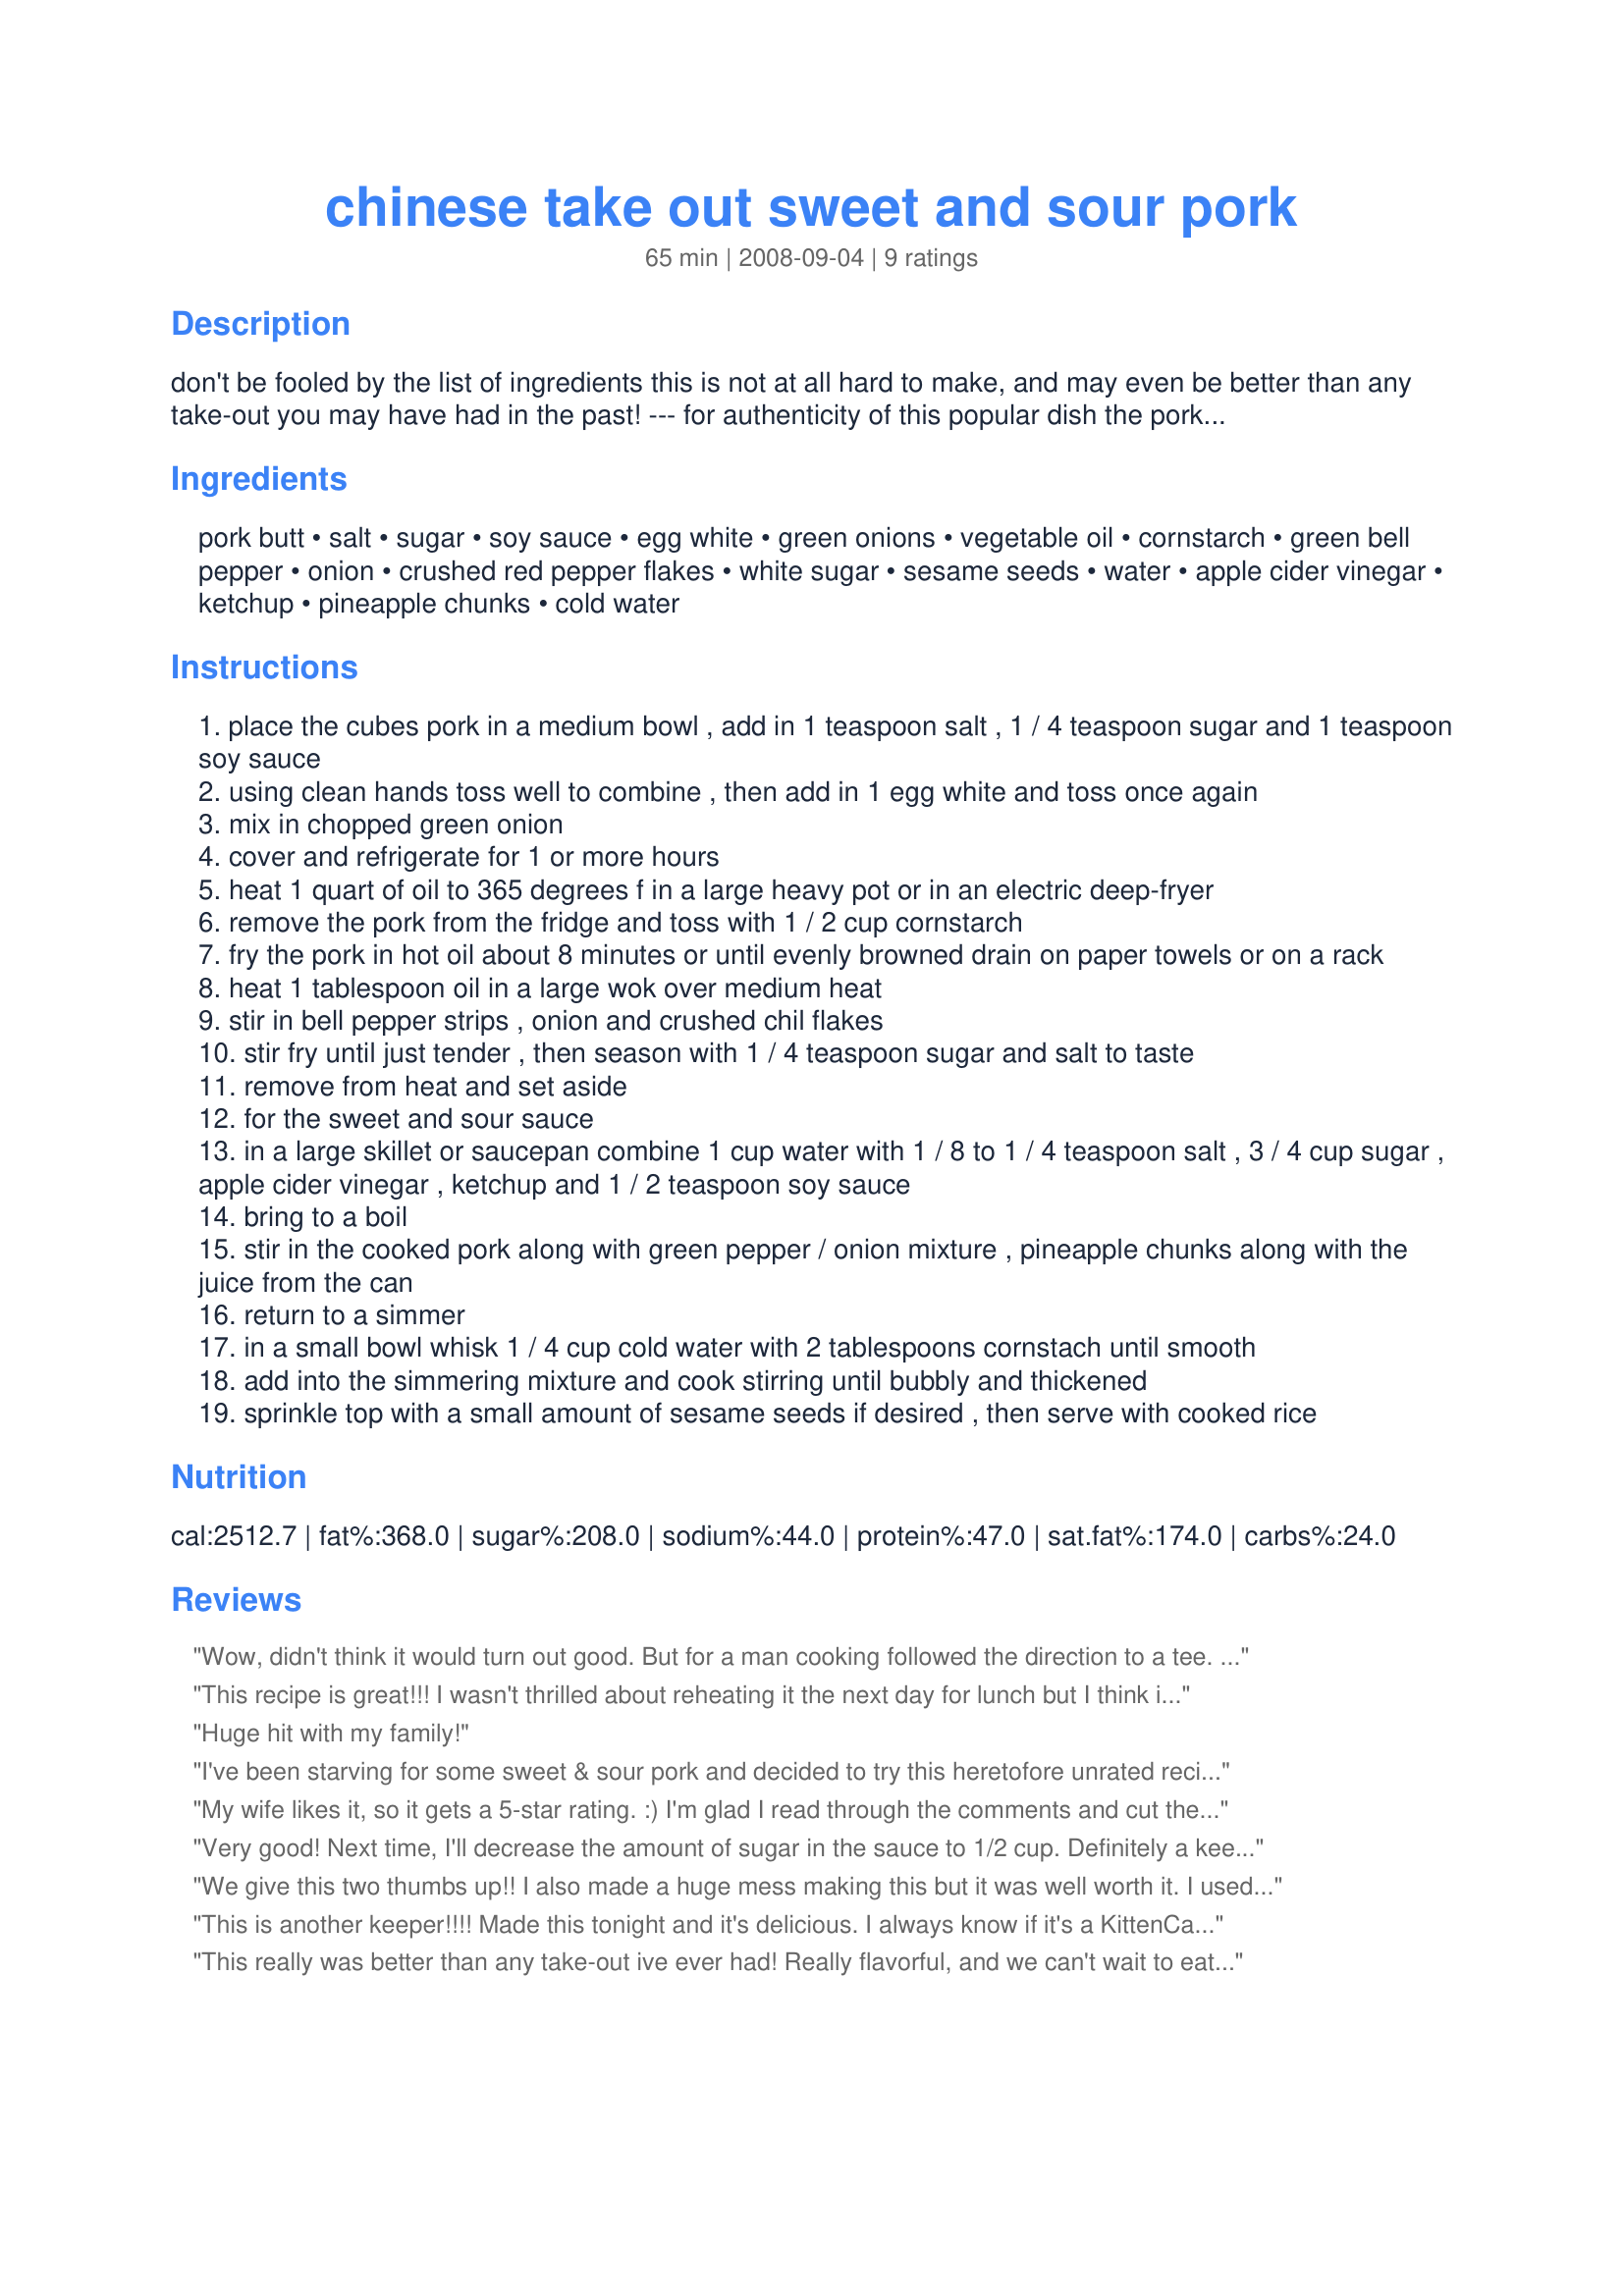
chinese take out sweet and sour pork
Preparation time: 65 minutes

don't be fooled by the list of ingredients this is not at all hard to make, and may even be better than any take-out you may have had in the past! --- for authenticity of this popular dish the pork must be deep-fryed firstly and this may be done well in advance to save time, adjust the chili flakes to suit heat level my family likes spicy so i use 1 teaspoon or a little more --- serve with cooked white rice.

Ingredients:
pork butt, salt, sugar, soy sauce, egg white, green onions, vegetable oil, cornstarch, green bell pepper, onion, crushed red pepper flakes, white sugar, sesame seeds, water, apple cider vinegar, ketchup, pineapple chunks, cold water

Steps:
place the cubes pork in a medium bowl , add in 1 teaspoon salt , 1 / 4 teaspoon sugar and 1 teaspoon soy sauce
using clean hands toss well to combine , then add in 1 egg white and toss once again
mix in chopped green onion
cover and refrigerate for 1 or more hours
heat 1 quart of oil to 365 degrees f in a large heavy pot or in an electric deep-fryer
remove the pork from the fridge and toss with 1 / 2 cup cornstarch
fry the pork in hot oil about 8 minutes or until evenly browned drain on paper towels or on a rack
heat 1 tablespoon oil in a large wok over medium heat
stir in bell pepper strips , onion and crushed chil flakes
stir fry until just tender , then season with 1 / 4 teaspoon sugar and salt to taste
remove from heat and set aside
for the sweet and sour sauce
in a large skillet or saucepan combine 1 cup water with 1 / 8 to 1 / 4 teaspoon salt , 3 / 4 cup sugar , apple cider vinegar , ketchup and 1 / 2 teaspoon soy sauce
bring to a boil
stir in the cooked pork along with green pepper / onion mixture , pineapple chunks along with the juice from the can
return to a simmer
in a small bowl whisk 1 / 4 cup cold water with 2 tablespoons cornstach until smooth
add into the simmering mixture and cook stirring until bubbly and thickened
sprinkle top with a small amount of sesame seeds if desired , then serve with cooked rice

Reviews:
Wow, didn't think it would turn out good. But for a man cooking followed the direction to a tee. I don't have to order that no more. LOL Excellent recipe,
This recipe is great!!! I wasn't thrilled about reheating it the next day for lunch but I think it was even better than the night before!!! Definitely a keeper!
Huge hit with my family!
I've been starving for some sweet & sour pork and decided to try this heretofore unrated recipe. Although I made a big mess cooking it, it was delish. I used 1 and 1/2 lbs of boneless country style ribs. I would probably use a little less sugar or a little more vinegar next time as it is quite sweet. I think it could benefit from a little garlic, too. My husband loved it and he's generally not a big Chinese food fan. I would make this again.
My wife likes it, so it gets a 5-star rating. :) I'm glad I read through the comments and cut the sugar back to only a 1/2 cup instead of 2/3. And I might add a bit more vinegar. But overall it came out surprisingly well considering I BBQ a heck of lot more than actually cook, and never deep fried anything before. I used some leftover smoked pork loin from the night before so it picked up a bit of the rub and smoke from that, too. (Any leftover BBQ usually finds its way into chili, stew, enchiladas, tacos, sammies, etc. so now I have one more use for it.) If anything was not as I expected it was the &quot;batter&quot; on the pork, but that is probably more my fault and possibly too much pork.
Very good! Next time, I'll decrease the amount of sugar in the sauce to 1/2 cup. Definitely a keeper! Thank you!
We give this two thumbs up!! I also made a huge mess making this but it was well worth it. I used a shoulder blade roast. I made exactly as stated. Thanks for posting a wonderful recipe. I will be making this again. Made for 123 Hits.
This is another keeper!!!! Made this tonight and it's delicious. I always know if it's a KittenCal recipe it will be fantastic. Didn't change a thing. Thanks for sharing this winner. Love, love, love it. An update: I doubled the recipe and just served this as a main to company and it was loved by all. I even had someone ask to take some home so you know it was loved when that happens :) Thank you KittenCal!!! You are much loved in our household!
This really was better than any take-out ive ever had! Really flavorful, and we can't wait to eat the leftovers! Thanks for posting!
